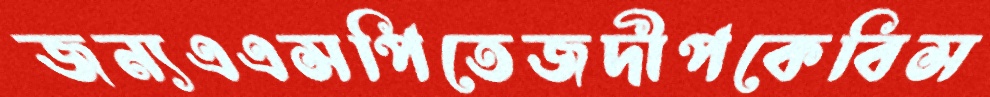
জন্যএএসপিতেজদীপকেবিস